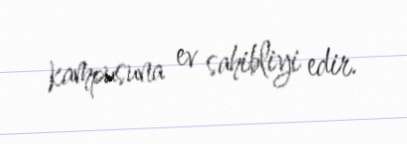
kampusuna ev sahibliyi edir.